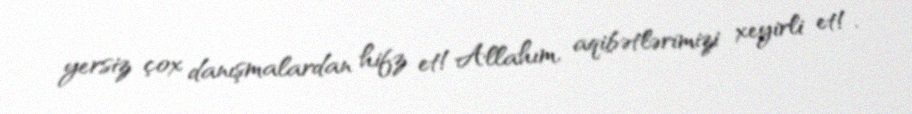
yersiz çox danışmalardan hifz et!Allahım, aqibətlərimizi xeyirli et!.